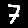
Digit: 7